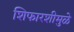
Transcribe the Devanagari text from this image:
शिफारशीमुळे